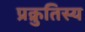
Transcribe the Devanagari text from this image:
प्रक्रुतिस्य